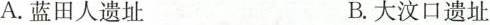
A.蓝田人遗址 B.大汶口遗址